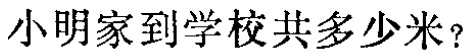
小明家到学校共多少米？